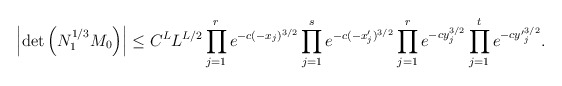
\begin{align*}\left|\det \left(N_1^{1/3}M_0\right)\right|\le C^LL^{L/2}\prod\limits_{j=1}^re^{-c(-x_j)^{3/2}}\prod\limits_{j=1}^se^{-c(-x'_j)^{3/2}}\prod\limits_{j=1}^re^{-cy_j^{3/2}}\prod\limits_{j=1}^te^{-c{y'}_j^{3/2}}.\end{align*}